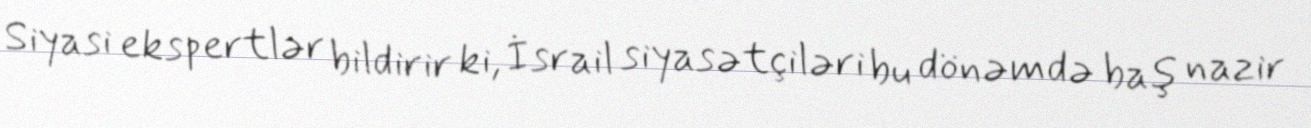
Siyasi ekspertlər bildirir ki, İsrail siyasətçiləri bu dönəmdə baş nazir